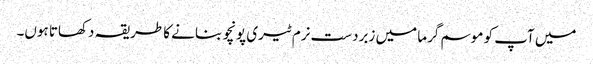
میں آپ کو موسم گرما میں زبردست نرم ٹیری پونچو بنانے کا طریقہ دکھاتا ہوں۔